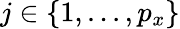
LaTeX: j\in\{ 1,...,p_{x}\}